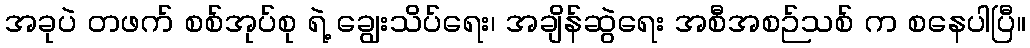
အခုပဲ တဖက် စစ်အုပ်စု ရဲ့ ချွေးသိပ်ရေး၊ အချိန်ဆွဲရေး အစီအစဉ်သစ် က စနေပါပြီ။